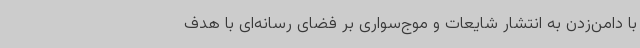
با دامن‌زدن به انتشار شایعات و موج‌سواری بر فضای رسانه‌ای با هدف